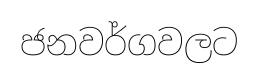
ජනවර්ගවලට